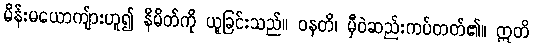
မိန်းမယောကျ်ားဟူ၍ နိမိတ်ကို ယူခြင်းသည်။ ဝနတိ၊ မှီဝဲဆည်းကပ်တတ်၏။ ဣတိ